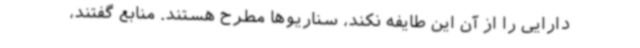
دارایی را از آن این طایفه نکند، سناریوها مطرح هستند. منابع گفتند،